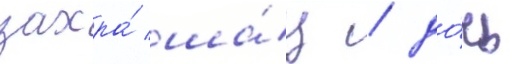
захра́ ша́ц / до́чь